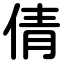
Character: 倩